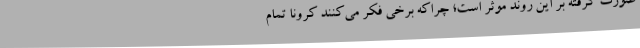
صورت گرفته بر این روند موثر است؛ چراکه برخی فکر می‌کنند کرونا تمام